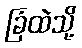
ခြံထဲသို့